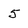
Character: 5